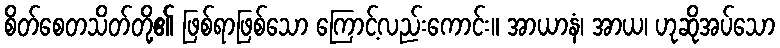
စိတ်စေတသိတ်တို့၏ ဖြစ်ရာဖြစ်သော ကြောင့်လည်းကောင်း။ အာယာနံ၊ အာယ၊ ဟုဆိုအပ်သော